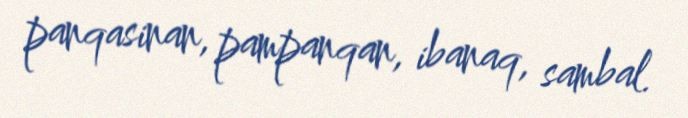
panqasinan, pampanqan, ibanaq, sambal.